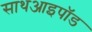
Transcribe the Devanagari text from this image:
साथआइपॉड